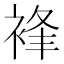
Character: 𧚋